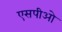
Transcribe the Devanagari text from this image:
एसपीओ